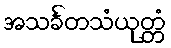
အသင်္ခတသံယုတ္တံ